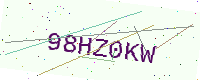
Text: 98HZ0KW